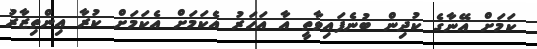
ކަމަށް އޭނާގެ ކުދިން ބުނެފައިވާތީ އާ އަހަރު އެކަމަށް އެކަމަށް ކުރާ އިންތިޒާރު